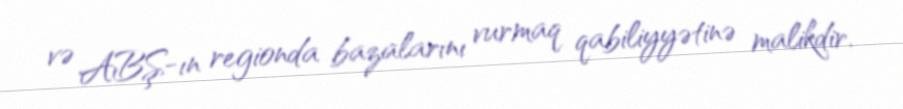
və ABŞ-ın regionda bazalarını vurmaq qabiliyyətinə malikdir.